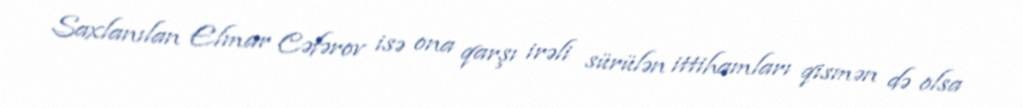
Saxlanılan Elmar Cəfərov isə ona qarşı irəli sürülən ittihamları qismən də olsa